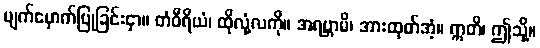
မျက်မှောက်ပြုခြင်းငှာ။ တံဝီရိယံ၊ ထိုလုံ့လကို။ အရဗ္ဘာမိ၊ အားထုတ်အံ့။ ဣတိ၊ ဤသို့။